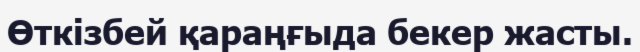
Өткізбей қараңғыда бекер жасты.